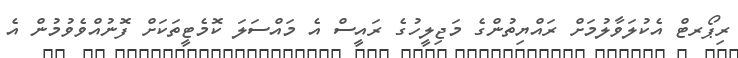
ރިޕޯރޓް އެކުލަވާލުމަށް ރައްޔިތުންގެ މަޖިލީހުގެ ރައީސް އެ މައްސަލަ ކޮމެޓީތަކަށް ފޮނުއްވެވުމުން އެ